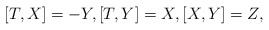
\begin{align*}[T,X]=-Y,[T,Y]=X,[X,Y]=Z,\end{align*}